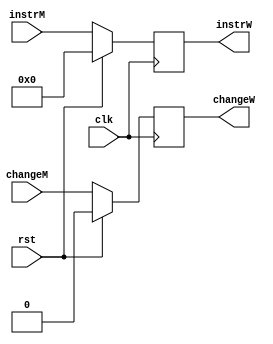
`timescale 1ns / 1ps
//////////////////////////////////////////////////////////////////////////////////
// Company: 
// Engineer: 
// 
// Design Name: 
// Module Name:    mcW 
// Project Name: 
// Target Devices: 
// Tool versions: 
// Description: 
//
// Dependencies: 
//
// Revision: 
// Revision 0.01 - File Created
// Additional Comments: 
//
//////////////////////////////////////////////////////////////////////////////////
module mcW(
    input [31:0] instrM,
	 input changeM,
    input clk,
	 input rst,
	 output changeW,
    output [31:0] instrW
    );
	 
	 reg[31:0] instr = 0;
	 reg change = 0;
	 
	 assign instrW = instr;
	 assign changeW = change;
	 always@(posedge clk)begin
		if(rst==1) begin
			instr<=0;
			change <= 0;
		end
		else begin
			change<=changeM;
			instr<=instrM;
		end
	 end

endmodule